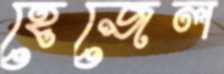
হেজেল